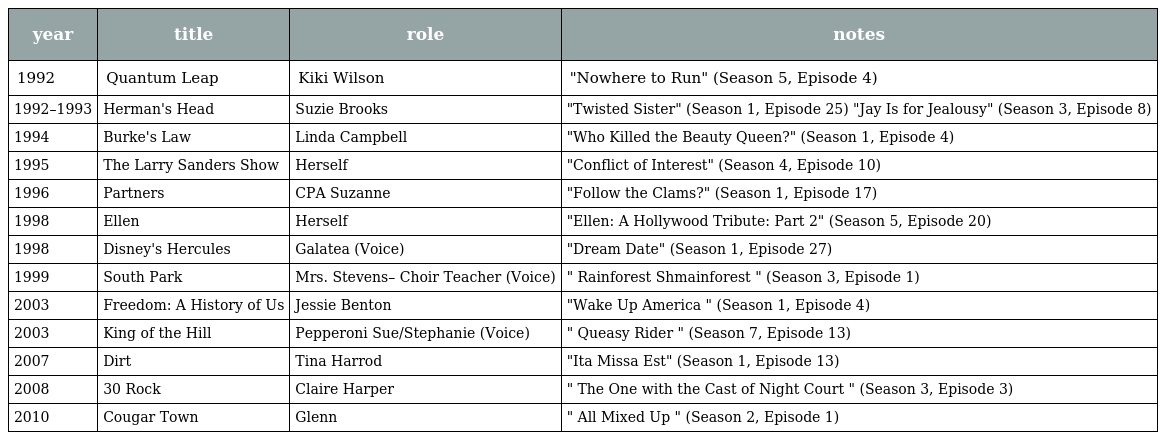
| year | title | role | notes |
 | --- | --- | --- | --- |
 | 1992 | Quantum Leap | Kiki Wilson | "Nowhere to Run" (Season 5, Episode 4) |
 | 1992–1993 | Herman's Head | Suzie Brooks | "Twisted Sister" (Season 1, Episode 25) "Jay Is for Jealousy" (Season 3, Episode 8) |
 | 1994 | Burke's Law | Linda Campbell | "Who Killed the Beauty Queen?" (Season 1, Episode 4) |
 | 1995 | The Larry Sanders Show | Herself | "Conflict of Interest" (Season 4, Episode 10) |
 | 1996 | Partners | CPA Suzanne | "Follow the Clams?" (Season 1, Episode 17) |
 | 1998 | Ellen | Herself | "Ellen: A Hollywood Tribute: Part 2" (Season 5, Episode 20) |
 | 1998 | Disney's Hercules | Galatea (Voice) | "Dream Date" (Season 1, Episode 27) |
 | 1999 | South Park | Mrs. Stevens– Choir Teacher (Voice) | " Rainforest Shmainforest " (Season 3, Episode 1) |
 | 2003 | Freedom: A History of Us | Jessie Benton | "Wake Up America " (Season 1, Episode 4) |
 | 2003 | King of the Hill | Pepperoni Sue/Stephanie (Voice) | " Queasy Rider " (Season 7, Episode 13) |
 | 2007 | Dirt | Tina Harrod | "Ita Missa Est" (Season 1, Episode 13) |
 | 2008 | 30 Rock | Claire Harper | " The One with the Cast of Night Court " (Season 3, Episode 3) |
 | 2010 | Cougar Town | Glenn | " All Mixed Up " (Season 2, Episode 1) |